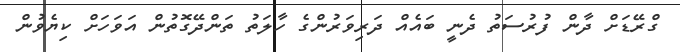
ގްރޭޑަށް ދާން ފުރުސަތު ދެނީ ބައެއް ދަރިވަރުންގެ ހާލަތު ތަންދޭގޮތުން އަވަހަށް ކިޔެވުން